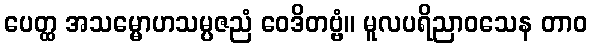
ပေတ္ထ အသမ္မောဟသမ္ပဇညံ ဝေဒိတဗ္ဗံ။ မူလပရိညာဝသေန တာဝ